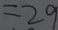
= 2 9